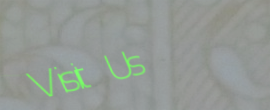
Visit Us